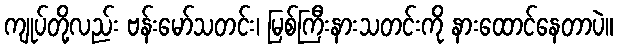
ကျုပ်တို့လည်း ဗန်းမော်သတင်း၊ မြစ်ကြီးနားသတင်းကို နားထောင်နေတာပဲ။